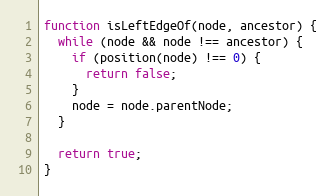
Language: JavaScript
function isLeftEdgeOf(node, ancestor) {
  while (node && node !== ancestor) {
    if (position(node) !== 0) {
      return false;
    }
    node = node.parentNode;
  }

  return true;
}